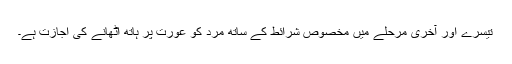
تیسرے اور آخری مرحلے میں مخصوص شرائط کے ساتھ مرد کو عورت پر ہاتھ اٹھانے کی اجازت ہے۔